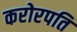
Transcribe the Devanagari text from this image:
करोरपति